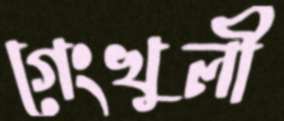
গেংখুলী